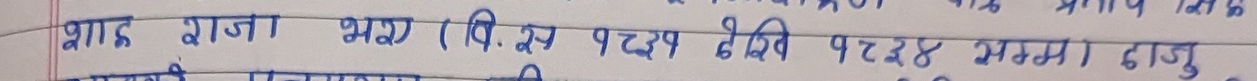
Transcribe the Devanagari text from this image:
शाह राजा भए (वि.सं. १९२४ भम्मां) दाजु